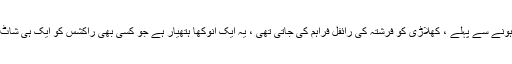
نیورو ٹاور میں داخل ہونے سے پہلے ، کھلاڑی کو فرشتہ کی رائفل فراہم کی جاتی تھی ، یہ ایک انوکھا ہتھیار ہے جو کسی بھی راکشس کو ایک ہی شاٹ سے تباہ کرسکتا ہے۔